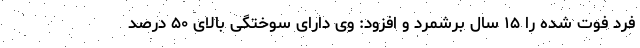
فرد فوت شده را ۱۵ سال برشمرد و افزود: وی دارای سوختگی بالای ۵۰ درصد